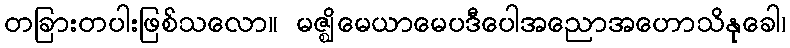
တခြားတပါးဖြစ်သလော။ မဇ္ဈိမေယာမေပဒီပေါအညောအဟောသိနုခေါ၊